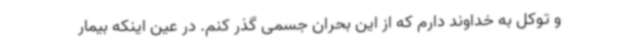
و توکل به خداوند دارم که از این بحران جسمی گذر کنم. در عین اینکه بیمار